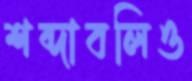
শব্দাবলিও